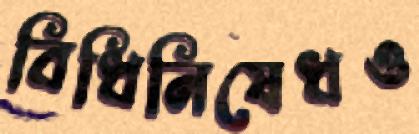
বিধিনিষেধও